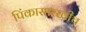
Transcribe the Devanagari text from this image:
पिंकासारखीच